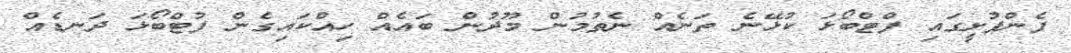
ފެންފުށީގައި ފްޓްބޯޅަ ކުޅޭނެ ތަނެއް ނެތުމުން މޫދުން ބައެއް ހިއްކައިގެން ފުޓްބޯޅަ ދަނޑެއް